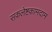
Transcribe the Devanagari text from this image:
सकलेष्टकामदाम